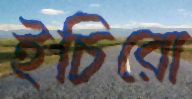
ইচিরো